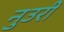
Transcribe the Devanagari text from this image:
नुउरी